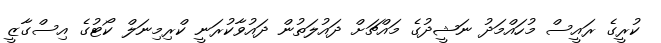
ކުރީގެ ރައީސް މުހައްމަދު ނަޝީދުގެ މައްޗަށް ދައުލަތުން ދައުވާކުރަނީ ކްރިމިނަލް ކޯޓުގެ އިސްގާޒީ